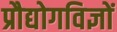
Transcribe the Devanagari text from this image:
प्रौद्योगविज्ञों